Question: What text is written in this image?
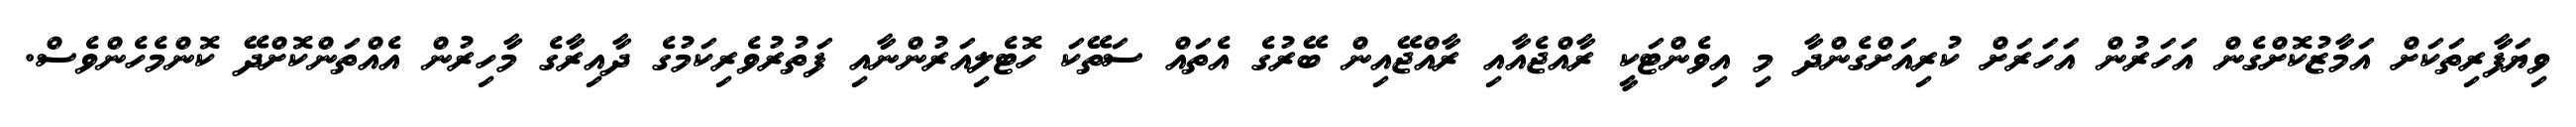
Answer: ވިޔަފާރިތަކަށް އަމާޒުކޮށްގެން އަހަރުން އަހަރަށް ކުރިއަށްގެންދާ މި އިވެންޓަކީ ރާއްޖެއާއި ރާއްޖޭއިން ބޭރުގެ އެތައް ސަތޭކަ ހޮޓެލިއަރުންނާއި ފަތުރުވެރިކަމުގެ ދާއިރާގެ މާހިރުން އެއްތަންކޮށްދޭ ކޮންމެހެންވެސް.